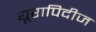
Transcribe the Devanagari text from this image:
यूरापिदीज